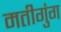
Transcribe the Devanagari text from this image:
मतीगुंग